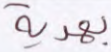
بهدية